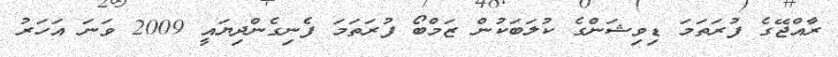
ރާއްޖޭގެ ފުރަތަމަ ޑިވިޝަންގެ ކުލަބަކުން ޒަމްބޯ ފުރަތަމަ ފެނިގެންދިޔައީ 2009 ވަނަ އަހަރު